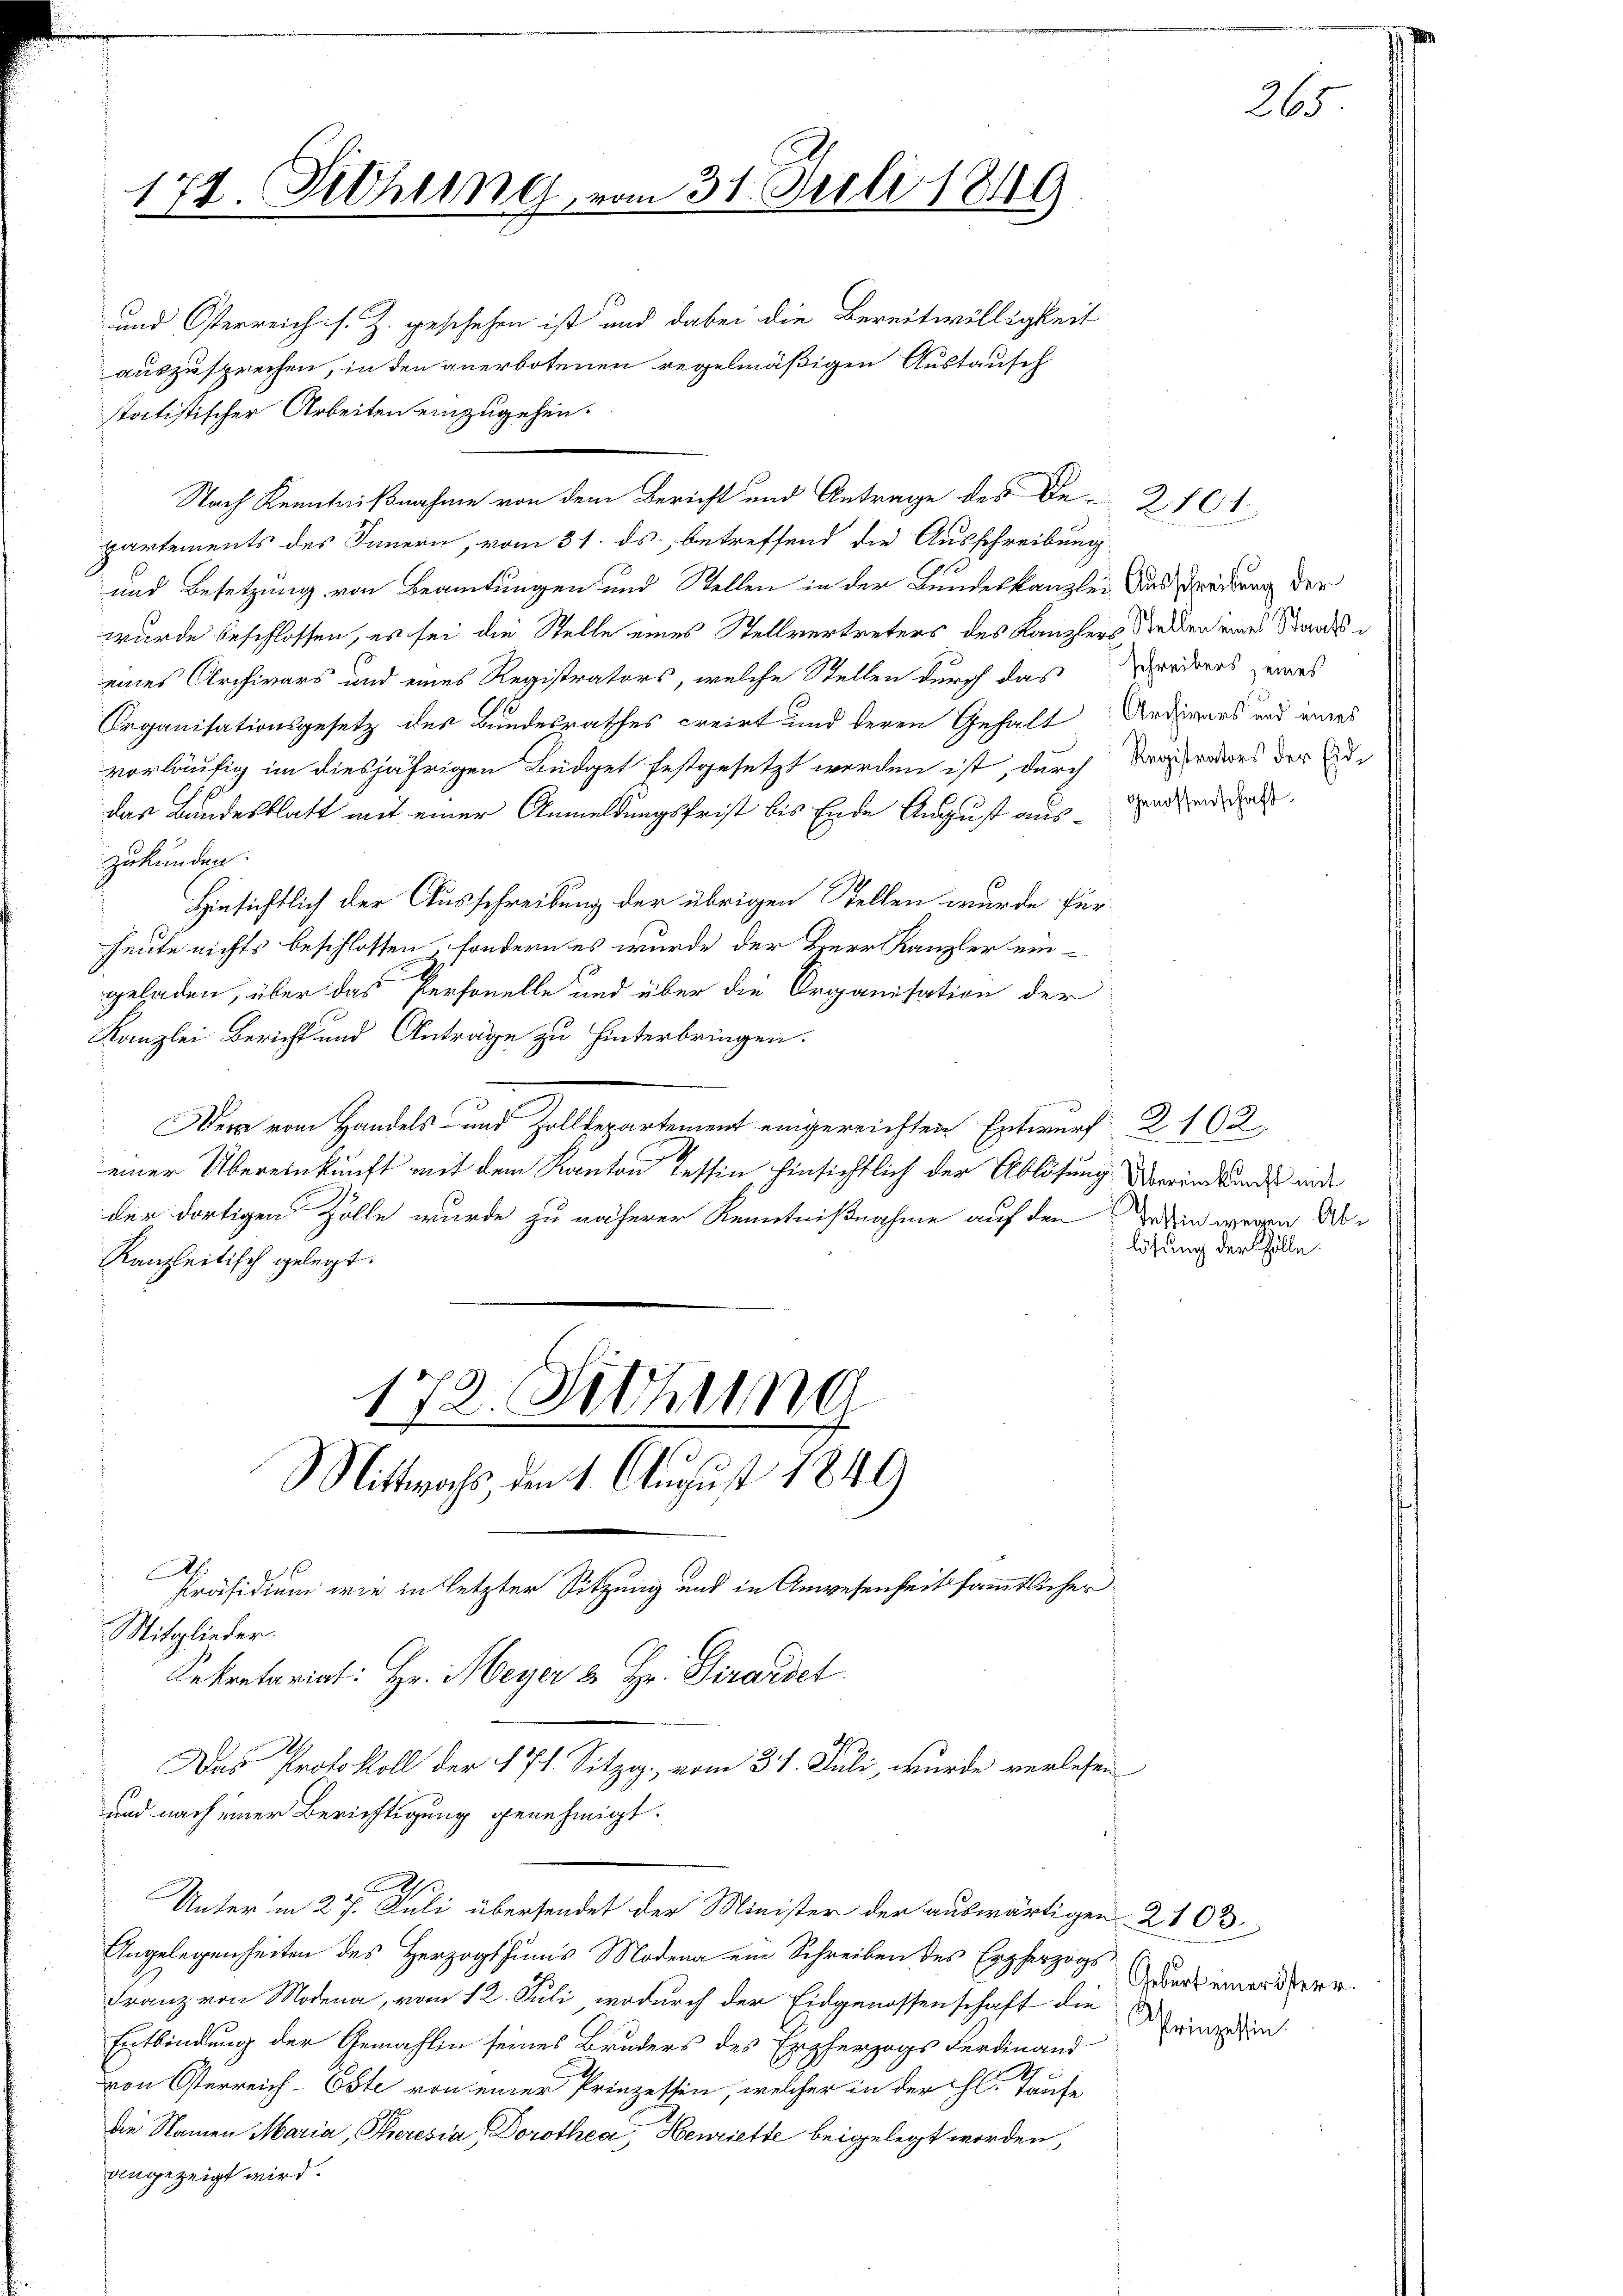
und Osterreich s. Z. geschehen ist und dabei die Bereitwilligkeit
auszusprechen, in den anerbotenen regelmäßigen Austausch
statistischer Arbeiten einzugehen.
partements des Innern, vom 31. ds. betreffend die Ausschreibung
und Besetzung von Beamtungen und Stellen in der Bundeskanzlei Austredung der
wurde beschlossen, es sei die Stelle eines Stellvertreters des Kanzlers deßen eines Stands
eines Archivars und eines Registrators, welche Stellen durch das anderes gewes
Organisationsgesetz des Bundesrathes creirt und deren Gehalt Anderes und eines
vorläufig im diesjährigen Büdget festgesetzt werden ist, durch derators der Addas Landesblatt mit einer Anmeldungsfrist bis Ende August aus der
zukunden.
Hinsichtlich der Ausschreibung der übrigen Stellen wurde für
heute nichts beschlossen, sondern es wurde der Herr Kanzler ein-
geladen, über das Personelle und über die Organisation der
Kanzlei Bericht und Anträge zu hinterbringen.
.
Der vom Handels- und Zolldepartement eingereichten Entwurf § 162
einer Übereinkunft mit dem Kanton Tessin hinsichtlich der Ablösung Vereinkundes und
der dortigen Zolle wurde zu näherer Kenntnißnahme auf den in wegen Ab¬
Kanzleitisch gelegt.

174. Sitzung, vom 31. Juli 1849

172. Sitzung
Mittwochs, den 1. August 1849

Nach Kenntnißnahme von dem Bericht und Antrage des De-276

.
Mitglieder.
I
E
Unter in 27. Juli übersendet der Minister der auswärtigen 2103
Angelegenheiten des Herzogthums Modena ein Schreiben des Erzherzogs
Franz von Modena, vom 12. Juli, wodurch der Eidgenossenschaft die Meisten
Entbindung der Gemahlin seines Bruders des Erzherzogs Ferdinand
von Österreich-Oste von einer Prinzessin, welcher in der hl. Taufe
die Namen Maria, Steresia Dorothea, Henriette beigelegt worden,
angezeigt wird.

Präsidium wie in letzter Sitzung und in Anwesenheit sämmtlicher
Sekretariat: Hr. Meyer & Hr. Girardel
Das Protokoll der § 71. Sitzi, vom 31. Juli, wurde verlesen
und nach einer Berichtigung genehmigt.

lösung der Golle.

Geburt einerösterr.

265